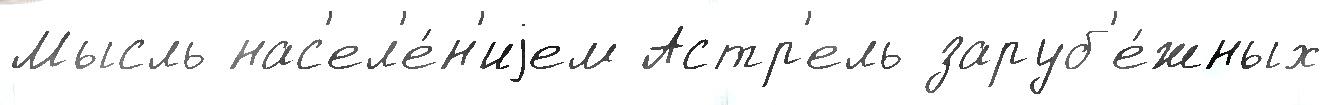
Мысль нас'ел'е́н'иjем Астр'ель заруб'е́жных